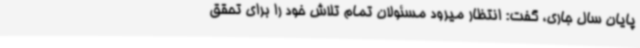
پایان سال جاری، گفت: انتظار میرود مسئولان تمام تلاش خود را برای تحقق